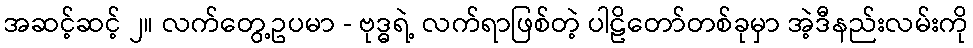
အဆင့်ဆင့် ၂။ လက်တွေ့ဥပမာ - ဗုဒ္ဓရဲ့ လက်ရာဖြစ်တဲ့ ပါဠိတော်တစ်ခုမှာ အဲ့ဒီနည်းလမ်းကို